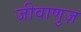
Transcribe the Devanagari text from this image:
जीवाणुज़